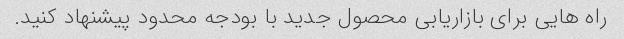
راه هایی برای بازاریابی محصول جدید با بودجه محدود پیشنهاد کنید.